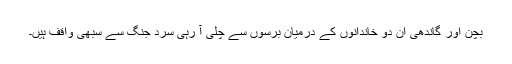
بچن اور گاندھی اِن دو خاندانوں کے درمیان برسوں سے چلی آ رہی سرد جنگ سے سبھی واقف ہیں۔